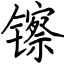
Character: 镲